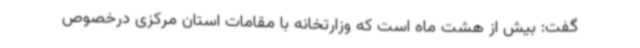
گفت: بیش از هشت ماه است که وزارتخانه با مقامات استان مرکزی درخصوص